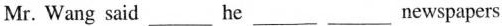
Mr. Wang said___he___newspapers